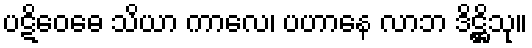
ပဋိဝေဓေ သိယာ ကာလေ၊ ပဟာနေ လာဘ ဒိဋ္ဌိသု။